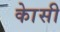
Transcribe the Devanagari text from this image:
काेसी